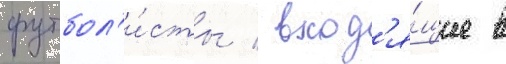
футбол'и́сты / вход'я́щие в